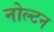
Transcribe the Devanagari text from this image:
नोल्टन